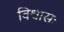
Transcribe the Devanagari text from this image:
विश्वासः